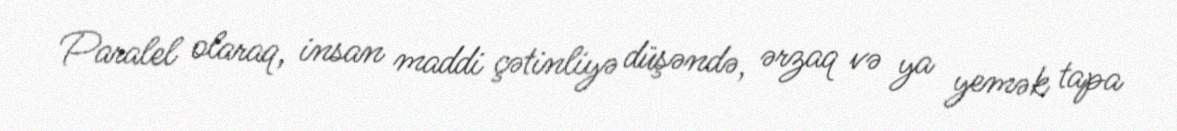
Paralel olaraq, insan maddi çətinliyə düşəndə, ərzaq və ya yemək tapa